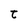
Character: t